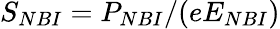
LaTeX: S_{NBI}=P_{NBI}/(eE_{NBI})